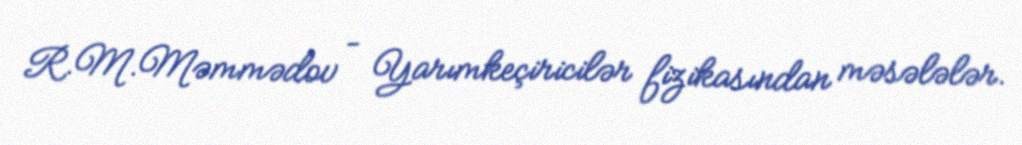
R.M.Məmmədov – Yarımkeçiricilər fizikasından məsələlər.